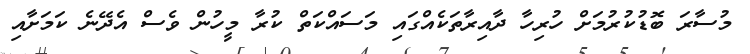
މުސާރަ ބޮޑުކުރުމަށް ހުރިހާ ދާއިރާތަކެއްގައި މަސައްކަތް ކުރާ މީހުން ވެސް އެދޭނެ ކަމަށާއި